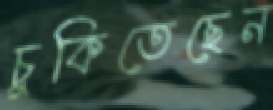
চুকিতেছেন